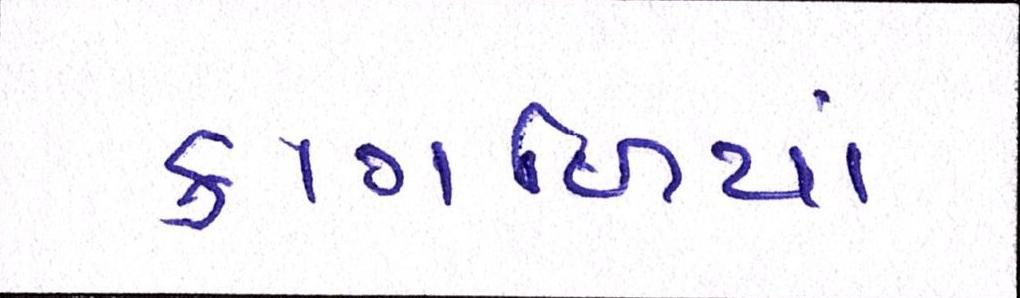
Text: કાગળિયાં